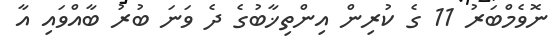
ނޮވެމްބަރު 11 ގެ ކުރިން އިންތިޚާބުގެ ދެ ވަނަ ބުރު ބާއްވައި އާ